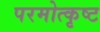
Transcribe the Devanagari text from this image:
परमोत्कृष्ट